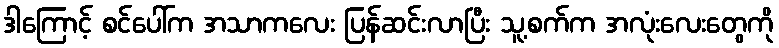
ဒါကြောင့် စင်ပေါ်က အသာကလေး ပြန်ဆင်းလာပြီး သူ့စက်က အလုံးလေးတွေကို